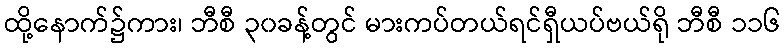
ထို့နောက်၌ကား၊ ဘီစီ ၃၀ခန့်တွင် မားကပ်တယ်ရင်ရှီယပ်ဗယ်ရို ဘီစီ ၁၁၆